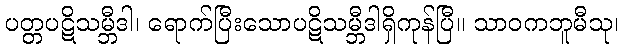
ပတ္တပဋိသမ္ဘီဒါ၊ ရောက်ပြီးသောပဋိသမ္ဘီဒါရှိကုန်ပြီ။ သာဝကဘူမီသု၊